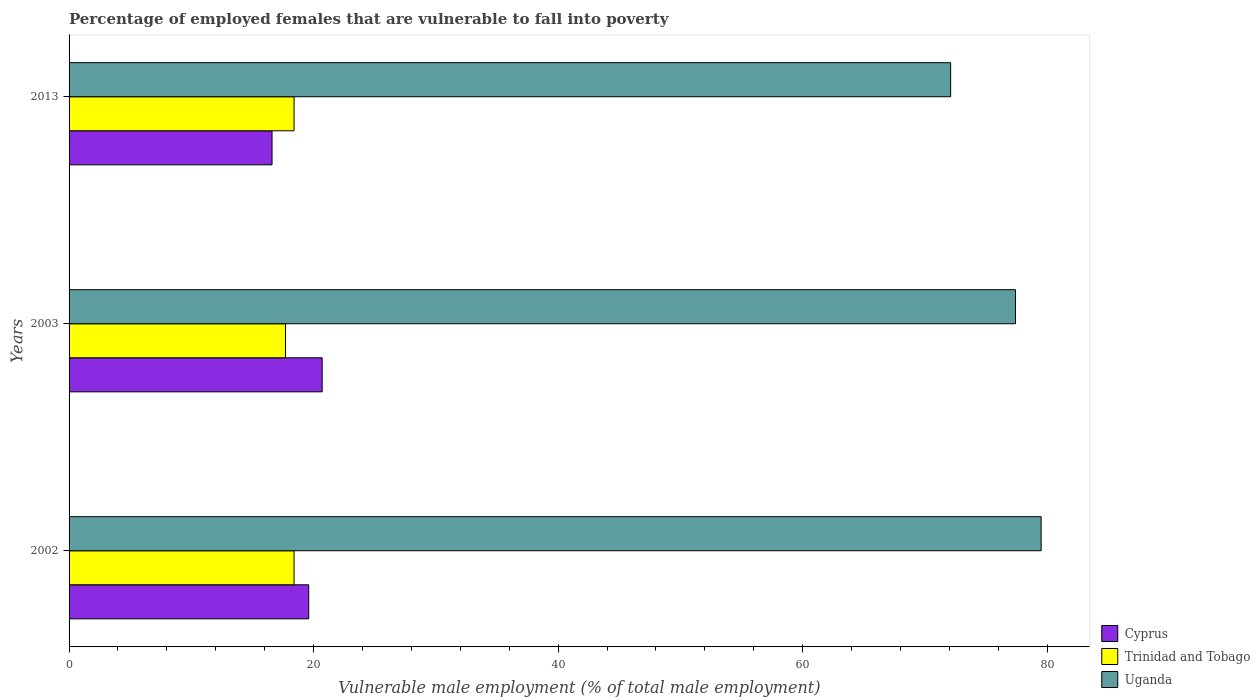
| Years | Cyprus | Trinidad and Tobago | Uganda |
 | --- | --- | --- | --- |
 | 2002 | 19.6 | 18.4 | 79.5 |
 | 2003 | 20.7 | 17.7 | 77.4 |
 | 2013 | 16.6 | 18.4 | 72.1 |